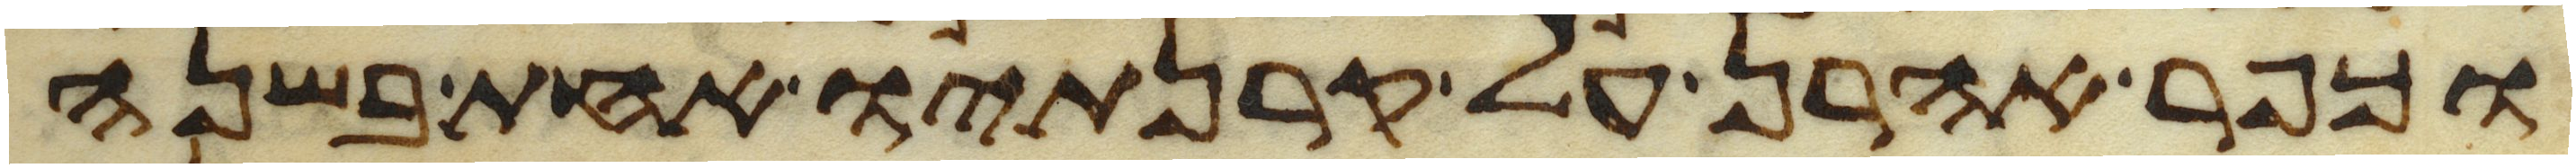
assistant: וכפר אהרן על קרנתיו אחת בשנה